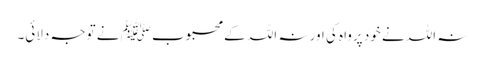
نہ اللہ نے خود پرواہ کی اور نہ اللہ کے محبوب ﷺ نے توجہ دلائی۔